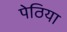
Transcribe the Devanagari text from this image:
पेठिया